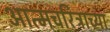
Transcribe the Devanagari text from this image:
आत्मचरित्राच्या